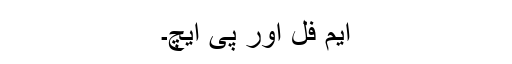
ایم فل اور پی ایچ۔